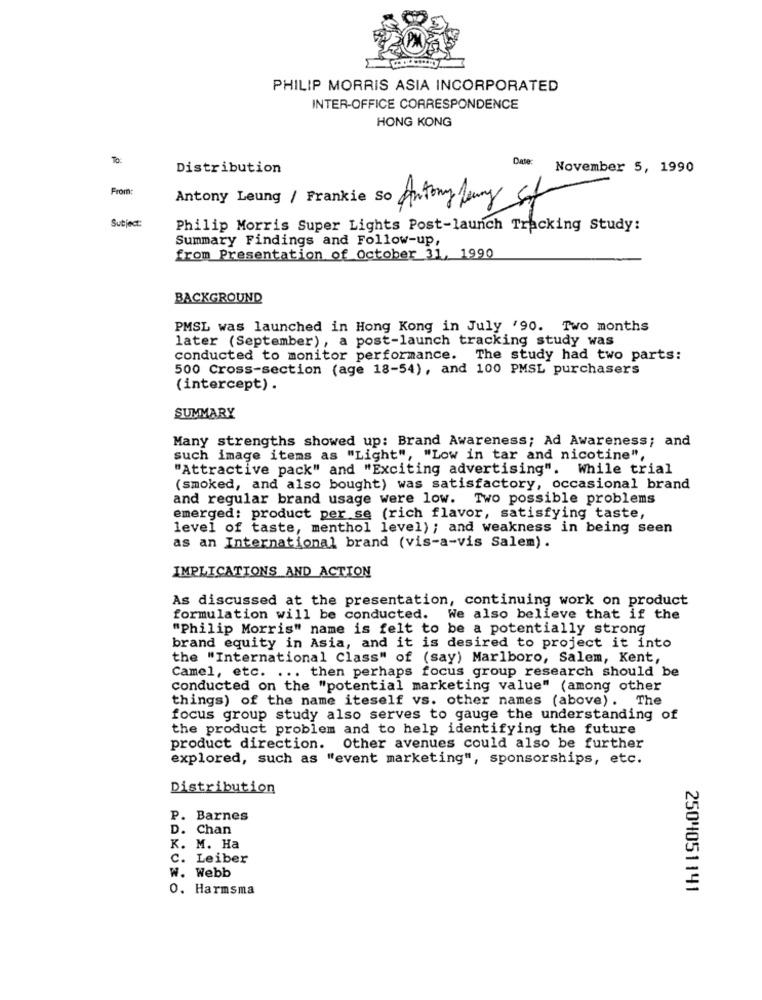
PHILIP MORRIS ASIA INCORPORATED
INTER-OFFICE CORRESPONDENCE
HONG KONG
Date:
Distribution
November 5, 1990
From:
Antony Leung / Frankie So
Antony Aury St
Subject:
Philip Morris Super Lights Post-launch Tracking Study:
Summary Findings and Follow-up,
from Presentation of october 31, 1990
BACKGROUND
PMSL was launched in Hong Kong in July '90. Two months
later (September), a post-launch tracking study was
conducted to monitor performance. The study had two parts:
500 Cross-section (age 18-54), and 100 PMSL purchasers
(intercept) .
SUMMARY
Many strengths showed up: Brand Awareness; Ad Awareness; and
such image items as "Light", "Low in tar and nicotine",
"Attractive pack" and "Exciting advertising". While trial
(smoked, and also bought) was satisfactory, occasional brand
and regular brand usage were low. Two possible problems
emerged: product per se (rich flavor, satisfying taste,
level of taste, menthol level) ; and weakness in being seen
as an International brand (vis-a-vis Salem).
IMPLICATIONS AND ACTION
As discussed at the presentation, continuing work on product
formulation will be conducted. We also believe that if the
"Philip Morris" name is felt to be a potentially strong
brand equity in Asia, and it is desired to project it into
the "International Class" of (say) Marlboro, Salem, Kent,
Camel, etc. ... then perhaps focus group research should be
Conducted on the "potential marketing value" (among other
things) of the name iteself vs. other names (above). The
focus group study also serves to gauge the understanding of
the product problem and to help identifying the future
product direction. Other avenues could also be further
explored, such as "event marketing", sponsorships, etc.
Distribution
P. Barnes
D. Chan
K. M. Ha
C. Leiber
W. Webb
0. Harmsma
2504051141